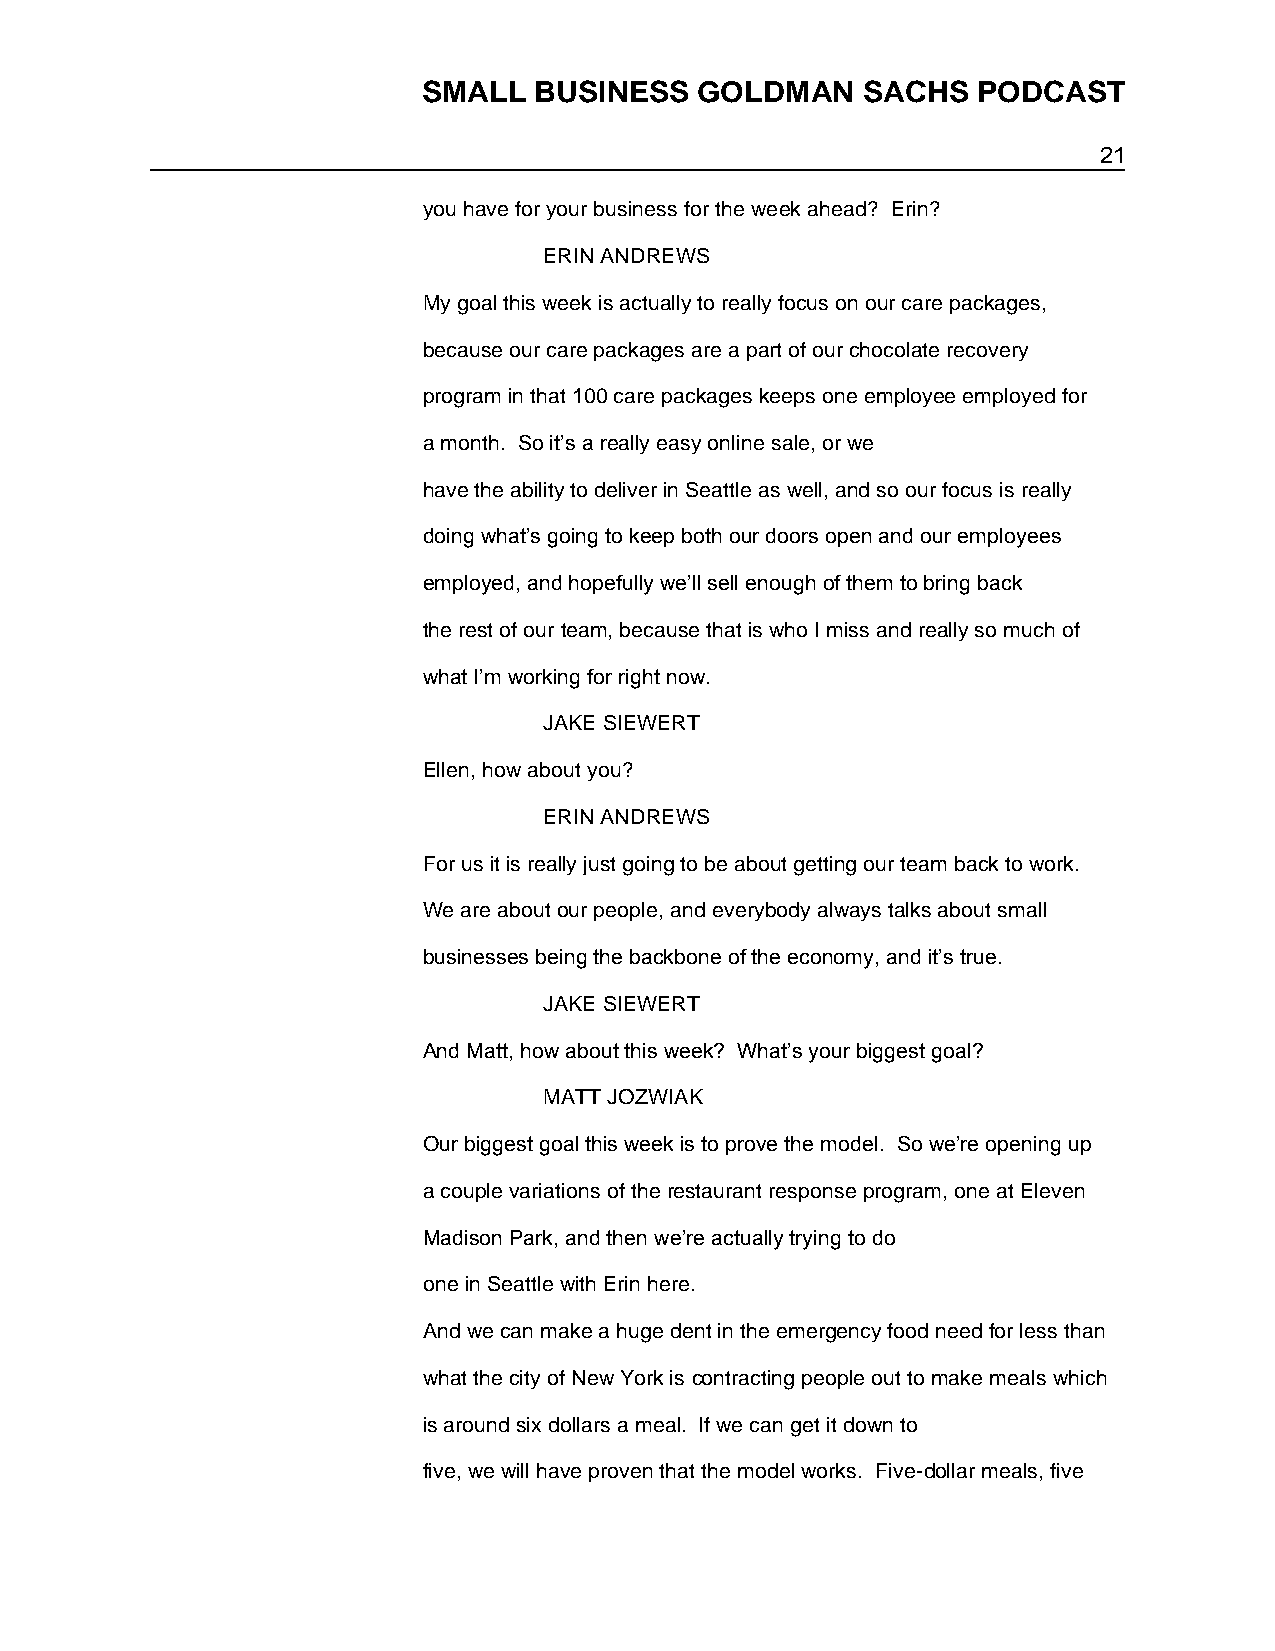
SMALL  BUSINESS   GOLDMAN    SACHS   PODCAST
 21
 you have for your business for the week ahead? Erin?
 ERIN ANDREWS
 My goal this week is actually to really focus on our care packages,
 because our care packages are a part of our chocolate recovery
 program in that 100 care packages keeps one employee employed for
 a month. So it’s a really easy online sale, or we
 have the ability to deliver in Seattle as well, and so our focus is really
 doing what’s going to keep both our doors open and our employees
 employed, and hopefully we’ll sell enough of them to bring back
 the rest of our team, because that is who I miss and really so much of
 what I’m working for right now.
 JAKE SIEWERT
 Ellen, how about you?
 ERIN ANDREWS
 For us it is really just going to be about getting our team back to work.
 We are about our people, and everybody always talks about small
 businesses being the backbone of the economy, and it’s true.
 JAKE SIEWERT
 And Matt, how about this week? What’s your biggest goal?
 MATT JOZWIAK
 Our biggest goal this week is to prove the model. So we’re opening up
 a couple variations of the restaurant response program, one at Eleven
 Madison Park, and then we’re actually trying to do
 one in Seattle with Erin here.
 And we can make a huge dent in the emergency food need for less than
 what the city of New York is contracting people out to make meals which
 is around six dollars a meal. If we can get it down to
 five, we will have proven that the model works. Five-dollar meals, five